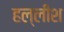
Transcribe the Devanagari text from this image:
हल्लीश